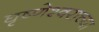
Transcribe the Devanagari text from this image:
घृष्णेश्वराच्या